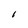
Character: l